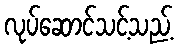
လုပ်ဆောင်သင့်သည့်